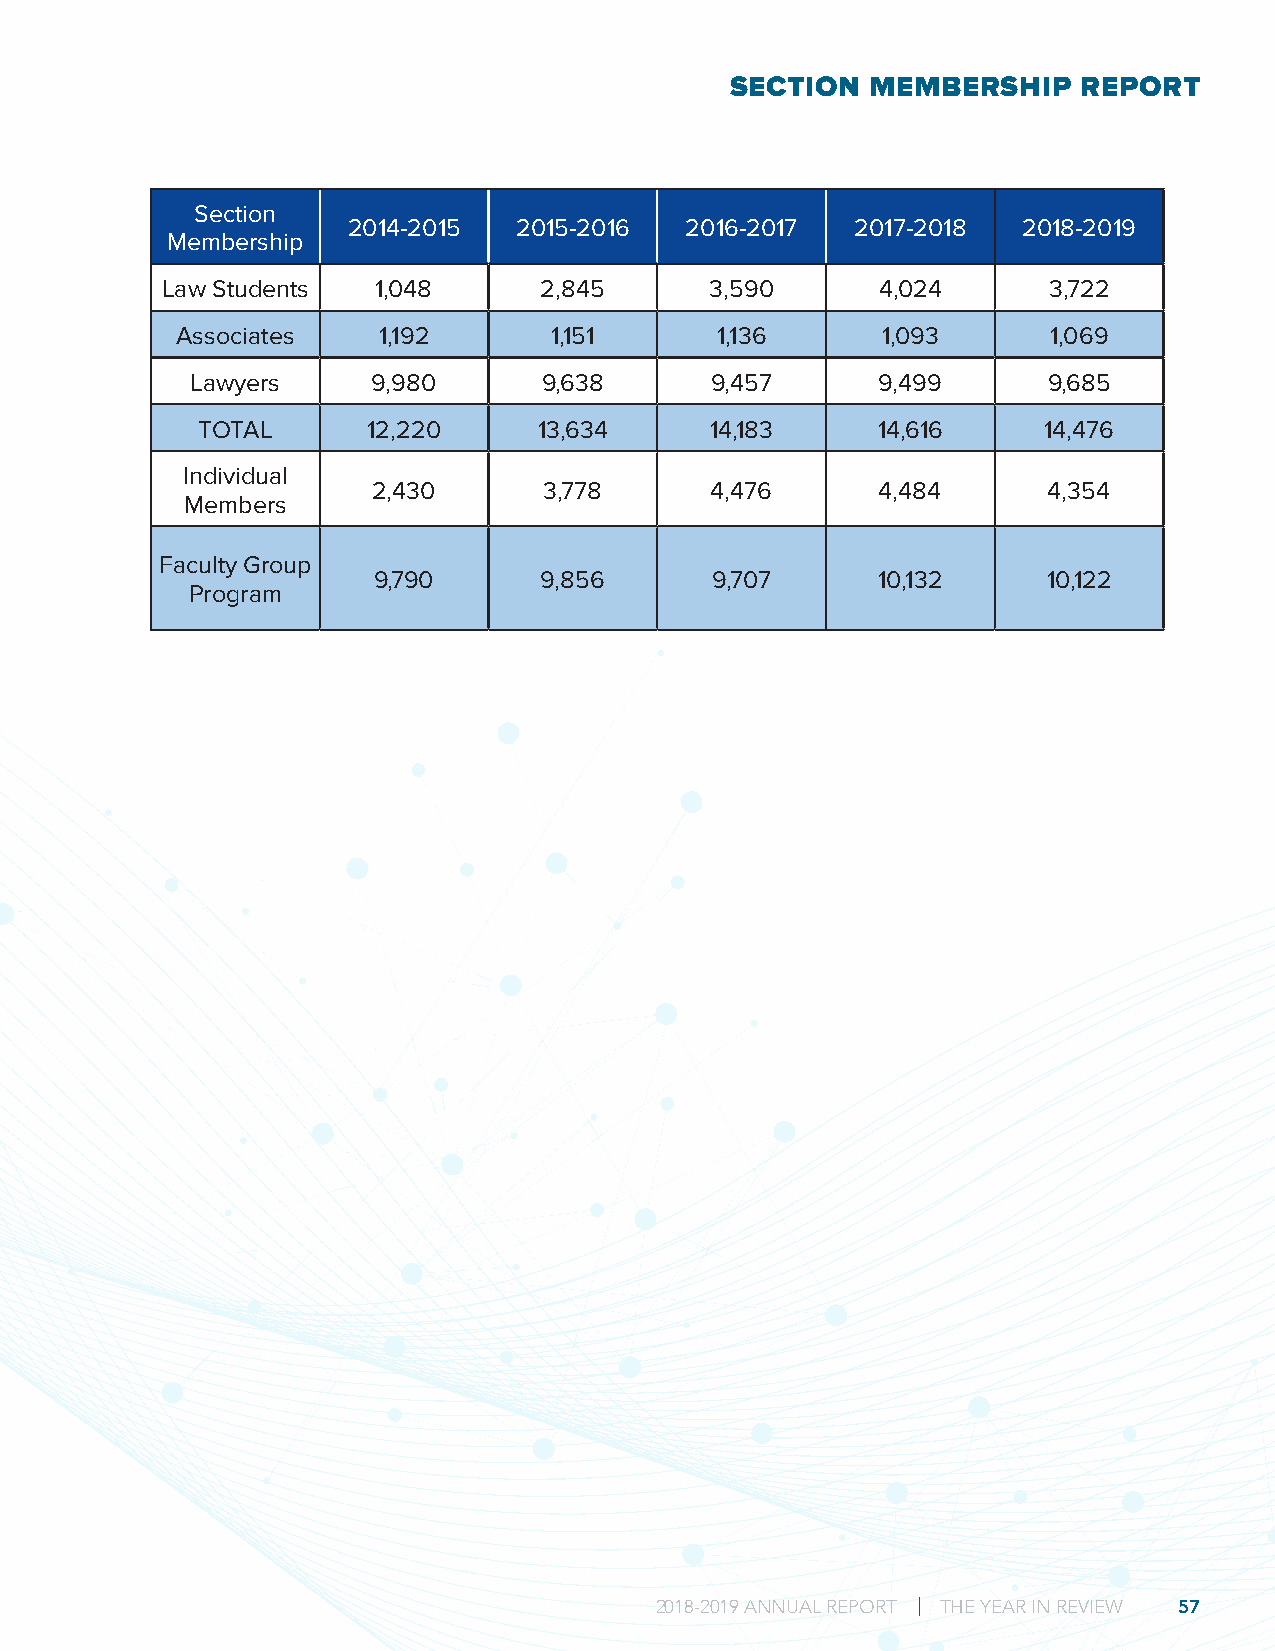
SECTION   MEMBERSHIP    REPORT
 Section
 2014-2015  2015-2016  2016-2017   2017-2018  2018-2019
 Membership
 Law Students  1,048      2,845      3,590      4,024      3,722
 Associates   1,192      1,151      1,136      1,093       1,069
 Lawyers     9,980      9,638      9,457      9,499      9,685
 TOTAL      12,220      13,634     14,183     14,616     14,476
 Individual
 2,430      3,778      4,476      4,484      4,354
 Members
 Faculty Group
 9,790      9,856      9,707      10,132     10,122
 Program
 2018-2019 ANNUAL REPORT | THE YEAR IN REVIEW 57